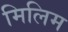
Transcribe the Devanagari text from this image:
मिलिम